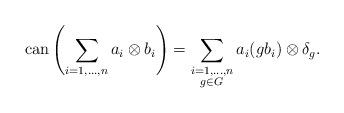
LaTeX: \begin{align*}\mathrm{can}\left(\sum_{i=1,..., n} a_i \otimes b_i \right) = \sum_{\substack{i=1,..., n\\g\in G}} a_i(gb_i) \otimes \delta_g.\end{align*}